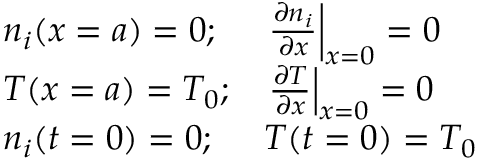
\begin{array} { l l } { n _ { i } ( x = a ) = 0 ; } & { \left. \frac { \partial n _ { i } } { \partial x } \right| _ { x = 0 } = 0 } \\ { T ( x = a ) = T _ { 0 } ; } & { \left. \frac { \partial T } { \partial x } \right| _ { x = 0 } = 0 } \\ { n _ { i } ( t = 0 ) = 0 ; } & { T ( t = 0 ) = T _ { 0 } } \end{array}